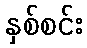
နှစ်စင်း